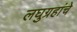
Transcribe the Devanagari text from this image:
लघुग्रहांचे